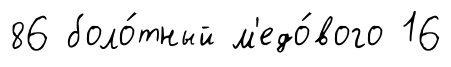
86 боло́тный м'едо́вого 16